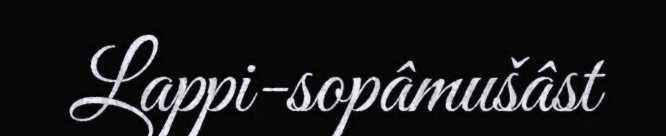
Lappi-sopâmušâst